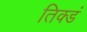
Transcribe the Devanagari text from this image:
तिक्डं